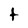
Character: t